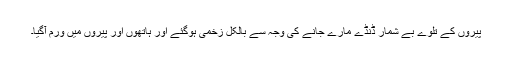
پیروں کے تلوے بے شمار ڈنڈے مارے جانے کی وجہ سے بالکل زخمی ہوگئے اور ہاتھوں اور پیروں میں ورم آگیا۔